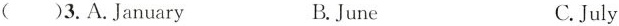
( )3.A.January B.June C.July